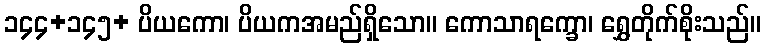
၁၄၄+၁၄၅+ ပိယကော၊ ပိယကအမည်ရှိသော။ ကောသာရက္ခော၊ ရွှေတိုက်စိုးသည်။